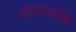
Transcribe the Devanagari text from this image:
योगमार्गाचे